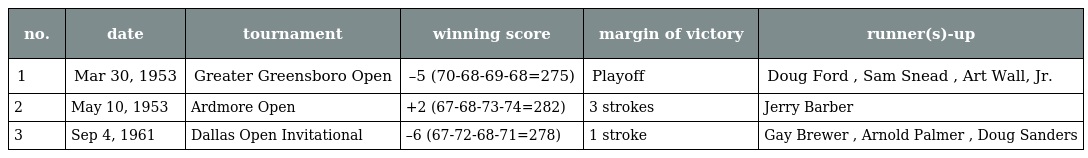
| no. | date | tournament | winning score | margin of victory | runner(s)-up |
 | --- | --- | --- | --- | --- | --- |
 | 1 | Mar 30, 1953 | Greater Greensboro Open | –5 (70-68-69-68=275) | Playoff | Doug Ford , Sam Snead , Art Wall, Jr. |
 | 2 | May 10, 1953 | Ardmore Open | +2 (67-68-73-74=282) | 3 strokes | Jerry Barber |
 | 3 | Sep 4, 1961 | Dallas Open Invitational | –6 (67-72-68-71=278) | 1 stroke | Gay Brewer , Arnold Palmer , Doug Sanders |